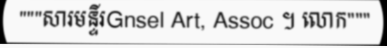
"""សារមន្ទីរGnsel Art, Assoc ។ លោក"""